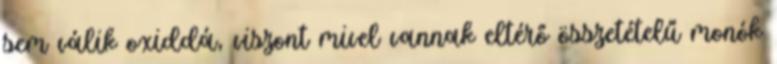
sem válik oxiddá, viszont mivel vannak eltérő összetételű monók